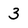
Character: 3